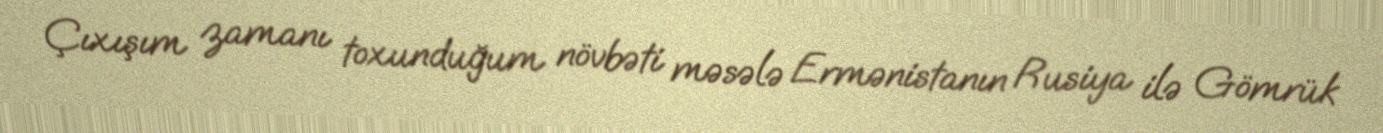
Çıxışım zamanı toxunduğum növbəti məsələ Ermənistanın Rusiya ilə Gömrük